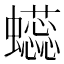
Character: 𰳥